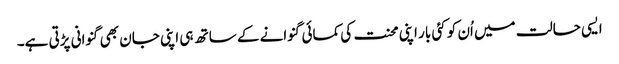
ایسی حالت میں اُن کو کئی بار اپنی محنت کی کمائی گنوانے کے ساتھ ہی اپنی جان بھی گنوانی پڑتی ہے۔